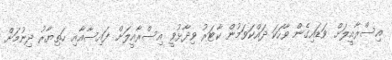
އިސްރާއީލަށް ވަޑައިގެން ވާހަކަ ދައްކަވަމުން ކާޓަރު ވިދާޅުވީ އިސްރާއީލަށް ފައިސާއާއި ހަތިޔާރު ދިނުމަށް